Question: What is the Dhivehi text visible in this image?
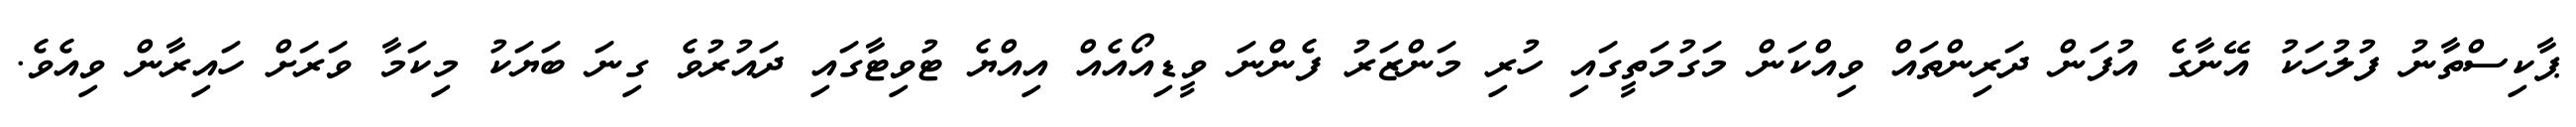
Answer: ޕާކިސްތާނު ފުލުހަކު އޭނާގެ އުފަން ދަރިންތައް ވިއްކަން މަގުމަތީގައި ހުރި މަންޒަރު ފެންނަ ވީޑިއޯއެއް އިއްޔެ ޓުވިޓާގައި ދައުރުވެ ގިނަ ބަޔަކު މިކަމާ ވަރަށް ހައިރާން ވިއެވެ.